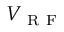
V _ { \mathrm { ~ R ~ F ~ } }